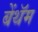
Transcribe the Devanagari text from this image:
बेंथॅम